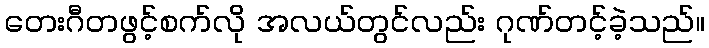
တေးဂီတဖွင့်စက်လို အလယ်တွင်လည်း ဂုဏ်တင့်ခဲ့သည်။